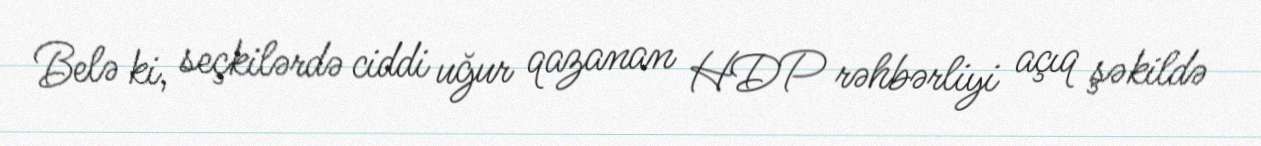
Belə ki, seçkilərdə ciddi uğur qazanan HDP rəhbərliyi açıq şəkildə